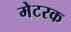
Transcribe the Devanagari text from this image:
मेटरक